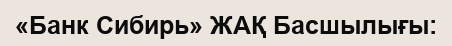
«Банк Сибирь» ЖАҚ Басшылығы: